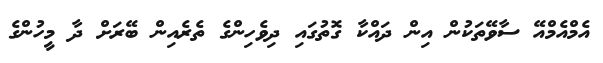
އެމްއެމްއޭ ސާވޭތަކުން އިން ދައްކާ ގޮތުގައި ދިވެހިންގެ ތެރެއިން ބޭރަށް ދާ މީހުންގެ